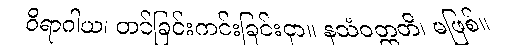
ဝိရာဂါယ၊ တင်ခြင်းကင်းခြင်းငှာ။ နသံဝတ္တတိ၊ မဖြစ်။